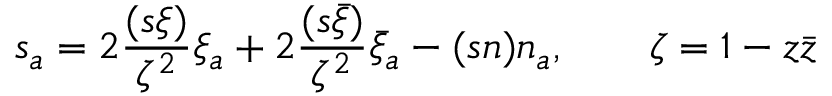
s _ { a } = 2 \frac { ( s \xi ) } { \zeta ^ { 2 } } \xi _ { a } + 2 \frac { ( s \bar { \xi } ) } { \zeta ^ { 2 } } \bar { \xi } _ { a } - ( s n ) n _ { a } , \qquad \zeta = 1 - z \bar { z }